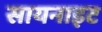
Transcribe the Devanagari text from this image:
सायनाइट